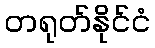
တရုတ်နိုင်ငံ